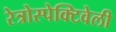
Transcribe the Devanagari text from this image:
रेत्रोस्पेक्टिवेली